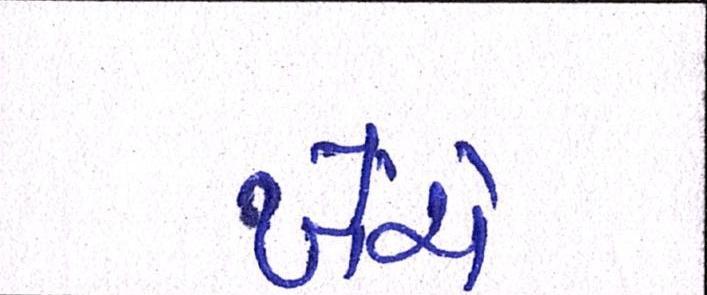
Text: ખેંચે